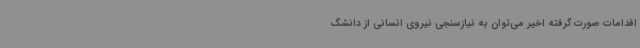
اقدامات صورت گرفته اخیر می‌توان به نیازسنجی نیروی انسانی از دانشگ